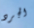
الجرد